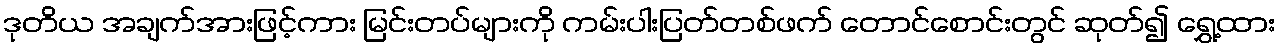
ဒုတိယ အချက်အားဖြင့်ကား မြင်းတပ်များကို ကမ်းပါးပြတ်တစ်ဖက် တောင်စောင်းတွင် ဆုတ်၍ ရွှေ့ထား